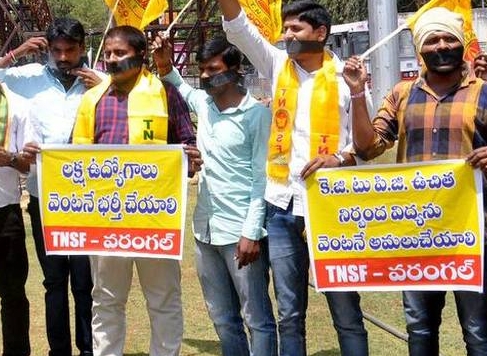
Language: telugu
Transcription: నిర్భంద వెంటనే భర్తీ వరంగల్ కె.జి. పి.జి. వెంటనే చేయాలి వరంగల్ టు లక్ష విద్యను